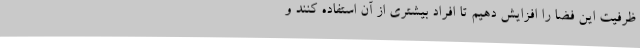
ظرفیت این فضا را افزایش دهیم تا افراد بیشتری از آن استفاده کنند و